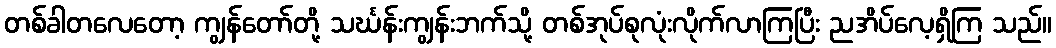
တစ်ခါတလေတော့ ကျွန်တော်တို့ သင်္ဃန်းကျွန်းဘက်သို့ တစ်အုပ်စုလုံးလိုက်လာကြပြီး ညအိပ်လေ့ရှိကြ သည်။